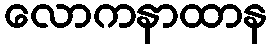
လောကနာထာန